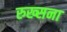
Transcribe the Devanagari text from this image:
रुख्सना